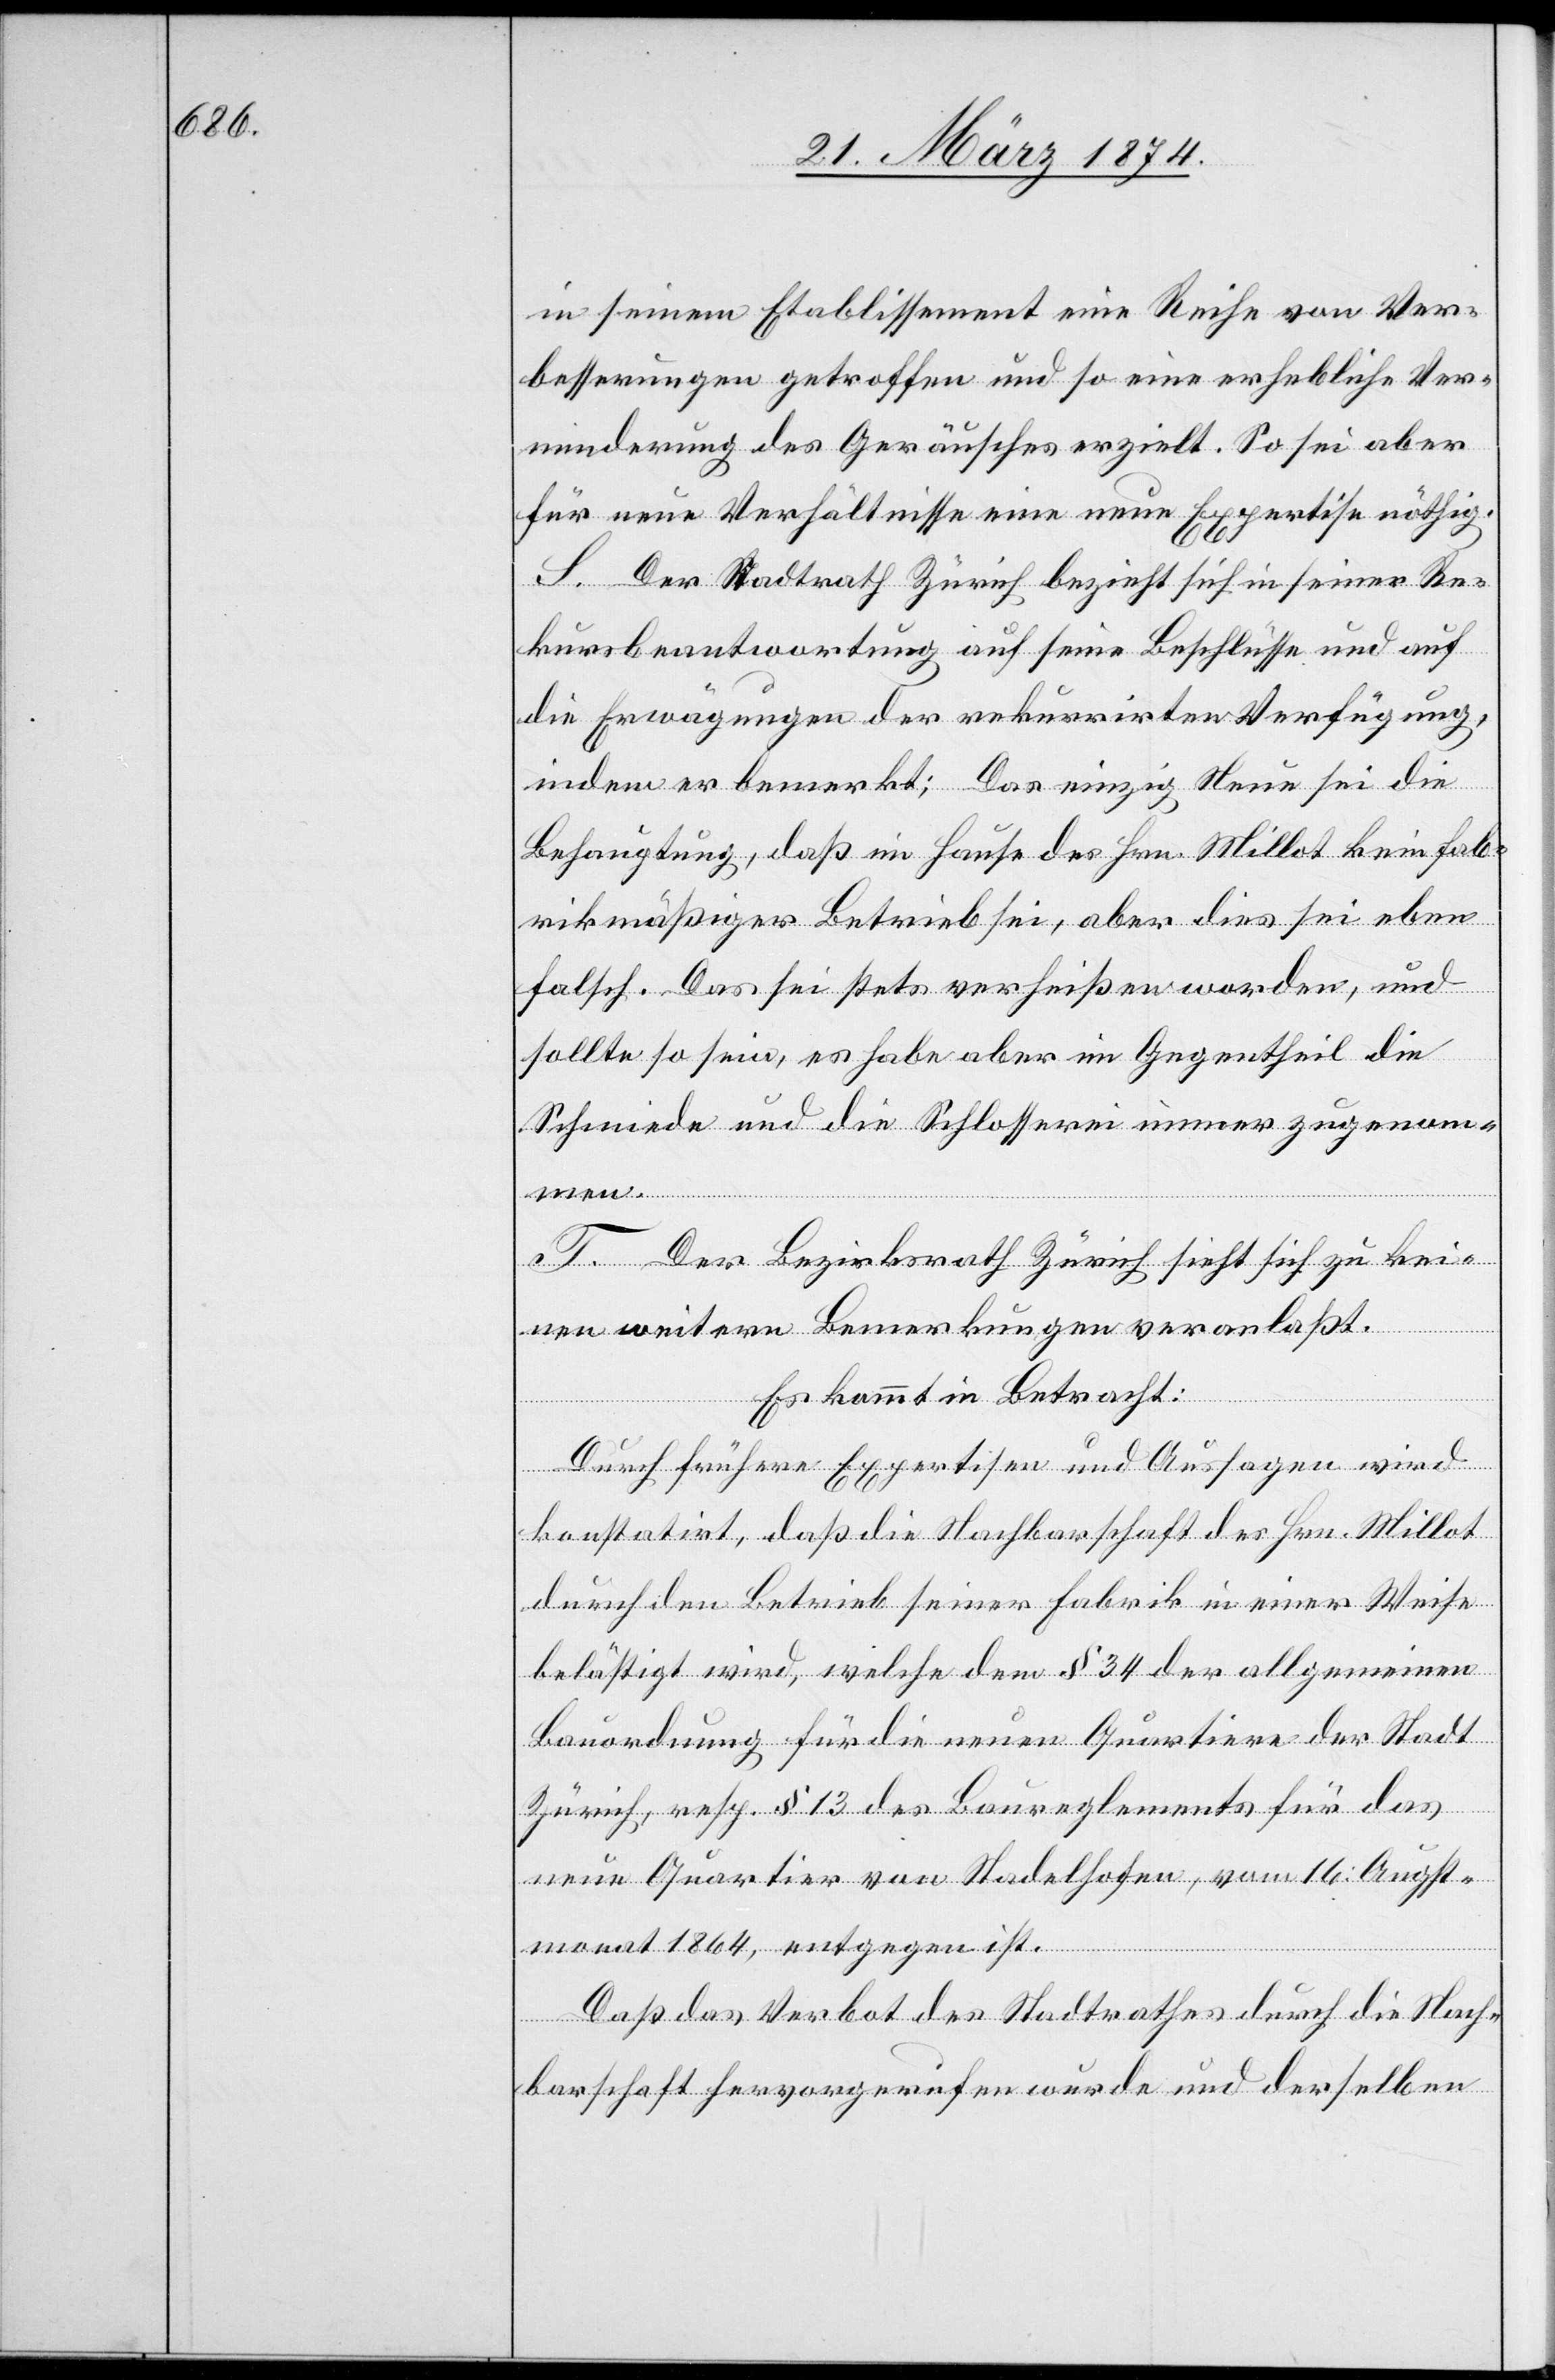
in seinem Etablissement eine Reihe von Ver¬
besserungen getroffen und so eine erhebliche Ver¬
minderung des Geräusches erzielt. So sei aber
für neue Verhältnisse eine neue Expertise nöthig.
S. Der Stadtrath Zürich bezieht sich in seiner Re¬
kursbeantwortung auf seine Beschlüsse und auf
die Erwägungen der rekurrirten Verfügung,
indem er bemerkt: Das einzig Neue sei die
Behauptung, daß ein Hause des Hrn. Millot kein fab¬
rikmäßiger Betrieb sei, aber dies sei eben
falsch. Das sei stets verheißen worden, und
sollte so sein, es habe aber im Gegentheil die
Schmiede und die Schlosserei immer zugenomm¬
en.
T. Der Bezirksrath Zürich sieht sich zu kei¬
nen weitern Bemerkungen veranlaßt.
Es kommt in Betracht:
Durch frühere Expertisen und Aussagen wird
konstatirt, daß die Nachbarschaft des Hrn. Millot
durch den Betrieb seiner Fabrik in einer Weise
belästigt wird, welche dem § 34 der allgemeinen
Bauordnung für die neuen Quartiere der Stadt
Zürich, resp. § 13 des Baureglements für das
neue Quartier von Stadelhofen, vom 16. Augst¬
monat 1864, entgegen ist.
Daß das Verbot des Stadtrathes durch die Nach¬
barschaft hervorgerufen wurde und der selben